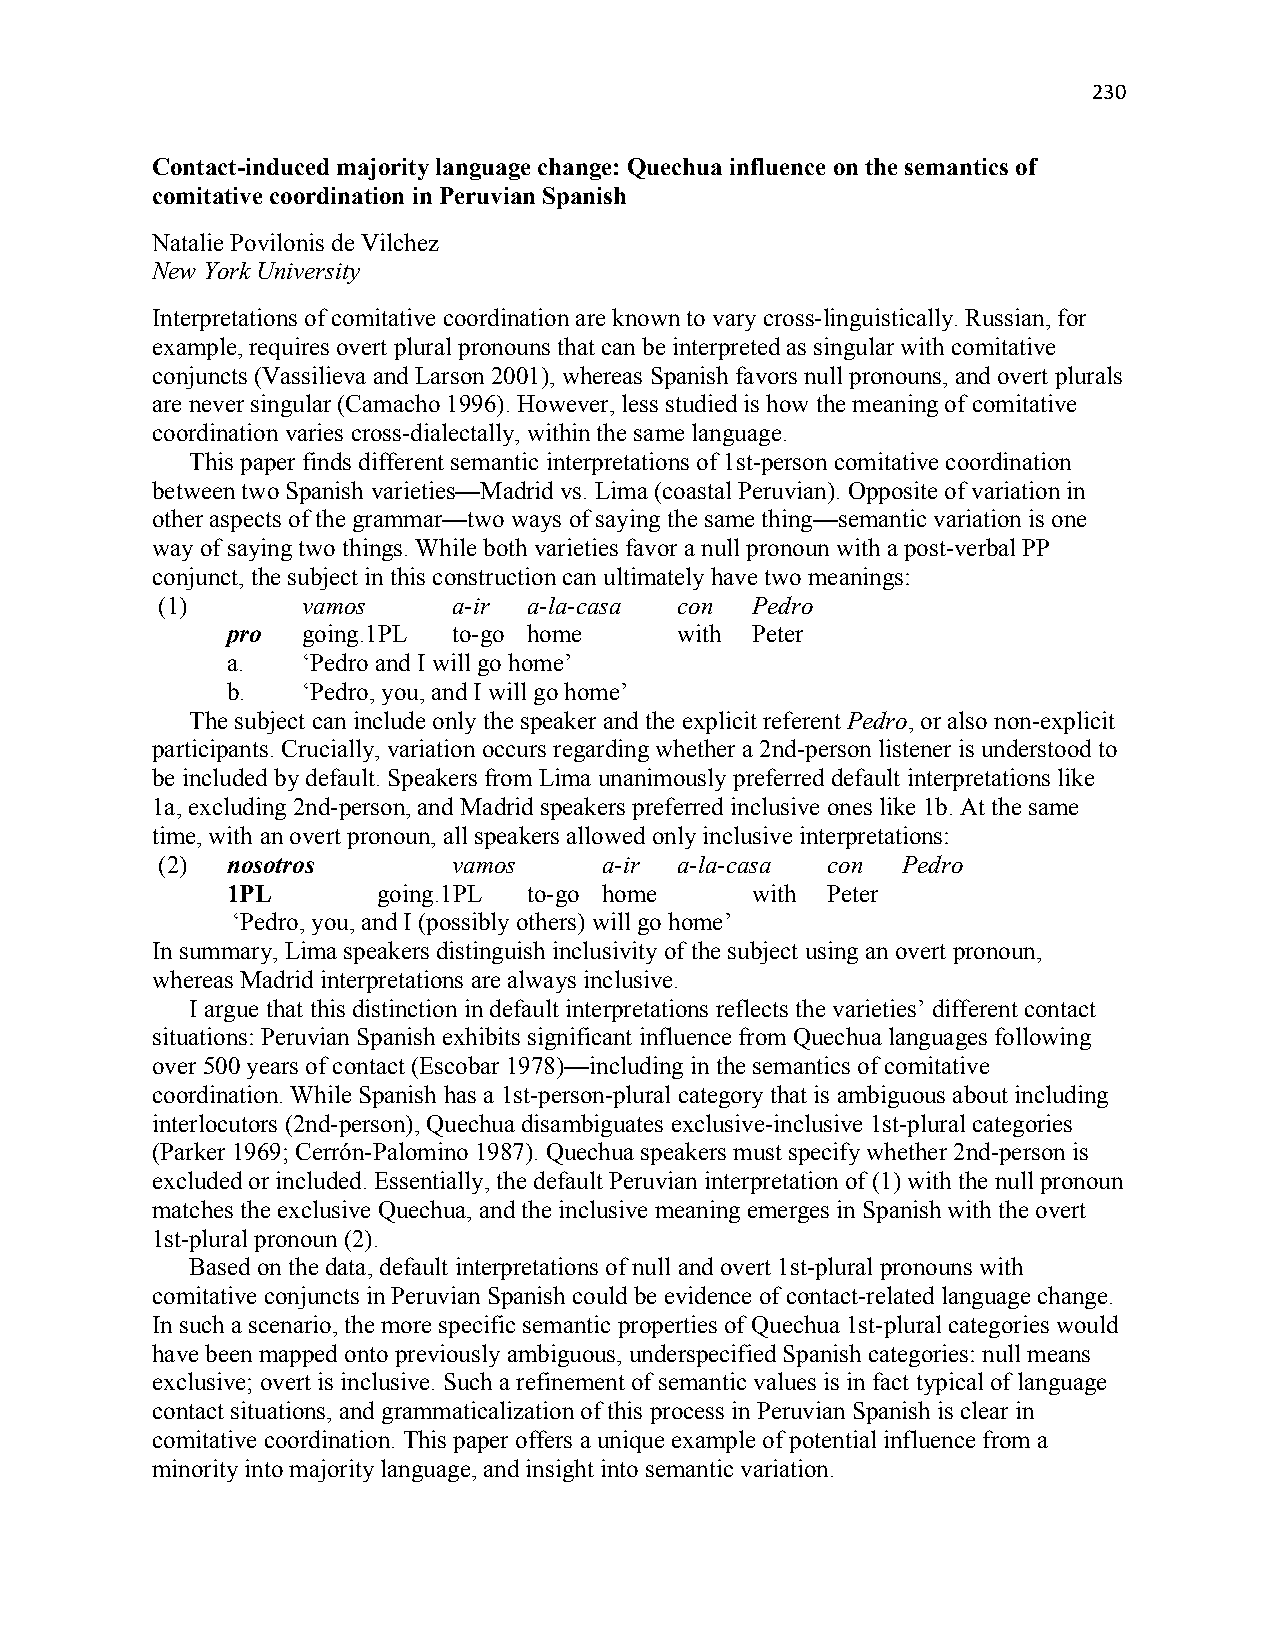
230
 Contact-induced majority language change: Quechua influence on the semantics of
 comitative coordination in Peruvian Spanish
 Natalie Povilonis de Vilchez
 New York University
 Interpretations of comitative coordination are known to vary cross-linguistically. Russian, for
 example, requires overt plural pronouns that can be interpreted as singular with comitative
 conjuncts (Vassilieva and Larson 2001), whereas Spanish favors null pronouns, and overt plurals
 are never singular (Camacho 1996). However, less studied is how the meaning of comitative
 coordination varies cross-dialectally, within the same language.
 This paper finds different semantic interpretations of 1st-person comitative coordination
 between two Spanish varieties—Madrid vs. Lima (coastal Peruvian). Opposite of variation in
 other aspects of the grammar—two ways of saying the same thing—semantic variation is one
 way of saying two things. While both varieties favor a null pronoun with a post-verbal PP
 conjunct, the subject in this construction can ultimately have two meanings:
 (1)       vamos     a-ir a-la-casa con  Pedro
 pro  going.1PL to-go home     with Peter
 a.   ‘Pedro and I will go home’
 b.   ‘Pedro, you, and I will go home’
 The subject can include only the speaker and the explicit referent Pedro, or also non-explicit
 participants. Crucially, variation occurs regarding whether a 2nd-person listener is understood to
 be included by default. Speakers from Lima unanimously preferred default interpretations like
 1a, excluding 2nd-person, and Madrid speakers preferred inclusive ones like 1b. At the same
 time, with an overt pronoun, all speakers allowed only inclusive interpretations:
 (2)  nosotros       vamos     a-ir a-la-casa con  Pedro
 1PL       going.1PL to-go home     with Peter
 ‘Pedro, you, and I (possibly others) will go home’
 In summary, Lima speakers distinguish inclusivity of the subject using an overt pronoun,
 whereas Madrid interpretations are always inclusive.
 I argue that this distinction in default interpretations reflects the varieties’ different contact
 situations: Peruvian Spanish exhibits significant influence from Quechua languages following
 over 500 years of contact (Escobar 1978)—including in the semantics of comitative
 coordination. While Spanish has a 1st-person-plural category that is ambiguous about including
 interlocutors (2nd-person), Quechua disambiguates exclusive-inclusive 1st-plural categories
 (Parker 1969; Cerrón-Palomino 1987). Quechua speakers must specify whether 2nd-person is
 excluded or included. Essentially, the default Peruvian interpretation of (1) with the null pronoun
 matches the exclusive Quechua, and the inclusive meaning emerges in Spanish with the overt
 1st-plural pronoun (2).
 Based on the data, default interpretations of null and overt 1st-plural pronouns with
 comitative conjuncts in Peruvian Spanish could be evidence of contact-related language change.
 In such a scenario, the more specific semantic properties of Quechua 1st-plural categories would
 have been mapped onto previously ambiguous, underspecified Spanish categories: null means
 exclusive; overt is inclusive. Such a refinement of semantic values is in fact typical of language
 contact situations, and grammaticalization of this process in Peruvian Spanish is clear in
 comitative coordination. This paper offers a unique example of potential influence from a
 minority into majority language, and insight into semantic variation.